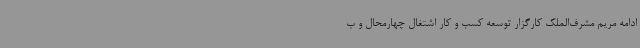
ادامه مریم مشرف‌الملک کارگزار توسعه کسب و کار اشتغال چهارمحال و ب